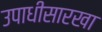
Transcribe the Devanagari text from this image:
उपाधीसारखा